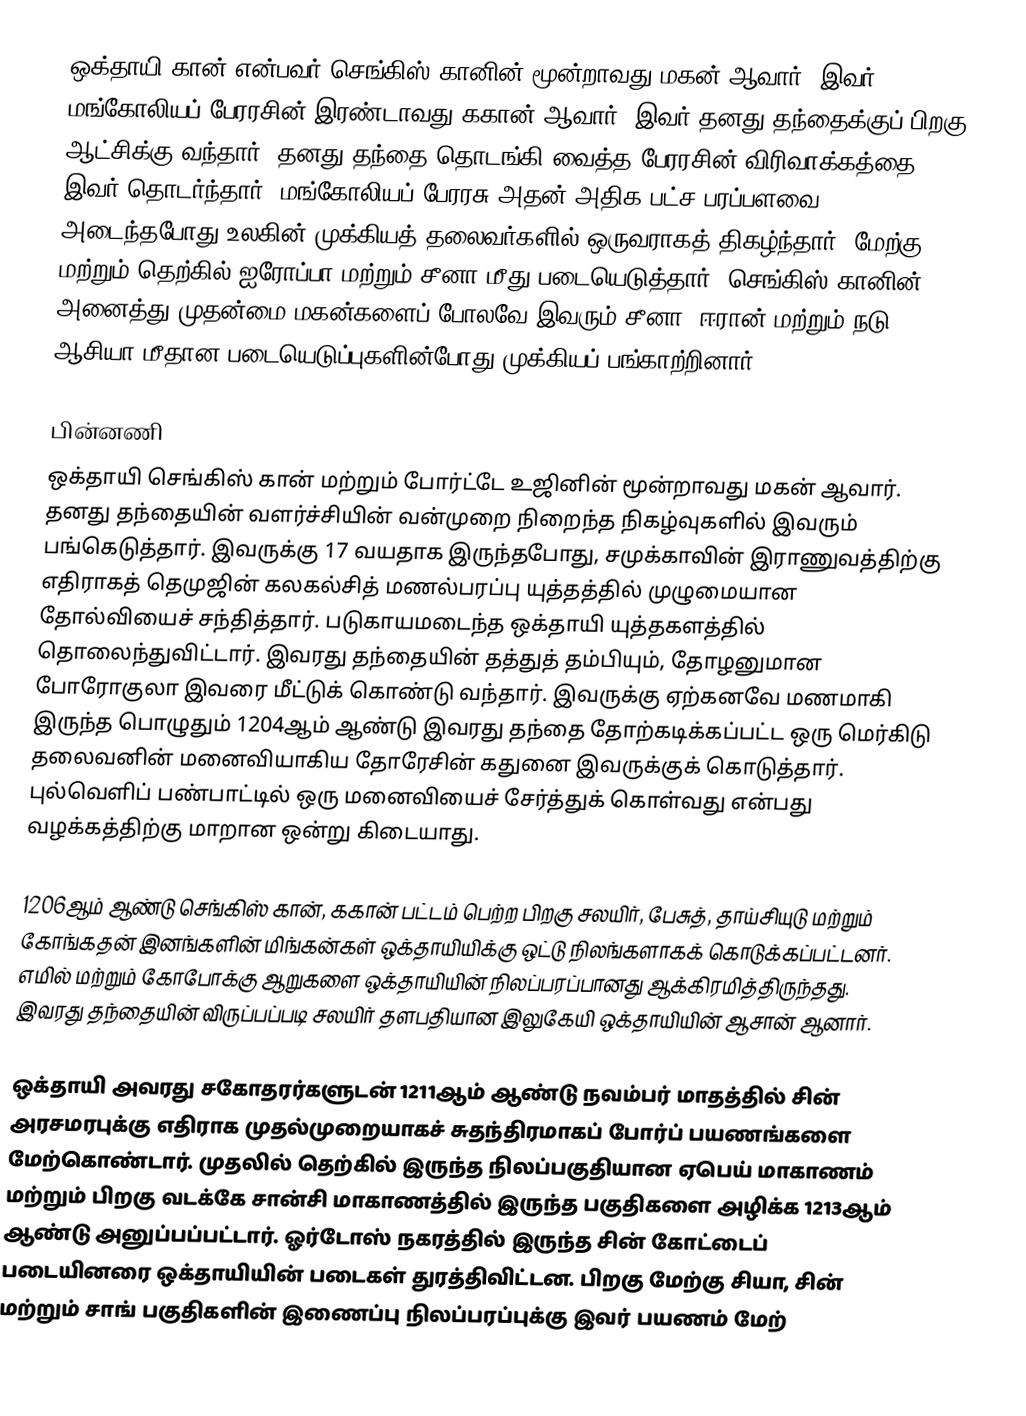
ஒக்தாயி கான் என்பவர் செங்கிஸ் கானின் மூன்றாவது மகன் ஆவார். இவர் மங்கோலியப் பேரரசின் இரண்டாவது ககான் ஆவார். இவர் தனது தந்தைக்குப் பிறகு ஆட்சிக்கு வந்தார். தனது தந்தை தொடங்கி வைத்த பேரரசின் விரிவாக்கத்தை இவர் தொடர்ந்தார். மங்கோலியப் பேரரசு அதன் அதிக பட்ச பரப்பளவை அடைந்தபோது உலகின் முக்கியத் தலைவர்களில் ஒருவராகத் திகழ்ந்தார். மேற்கு மற்றும் தெற்கில் ஐரோப்பா மற்றும் சீனா மீது படையெடுத்தார். செங்கிஸ் கானின் அனைத்து முதன்மை மகன்களைப் போலவே இவரும் சீனா, ஈரான் மற்றும் நடு ஆசியா மீதான படையெடுப்புகளின்போது முக்கியப் பங்காற்றினார்.

பின்னணி
ஒக்தாயி செங்கிஸ் கான் மற்றும் போர்ட்டே உஜினின் மூன்றாவது மகன் ஆவார். தனது தந்தையின் வளர்ச்சியின் வன்முறை நிறைந்த நிகழ்வுகளில் இவரும் பங்கெடுத்தார். இவருக்கு 17 வயதாக இருந்தபோது, சமுக்காவின் இராணுவத்திற்கு எதிராகத் தெமுஜின் கலகல்சித் மணல்பரப்பு யுத்தத்தில் முழுமையான தோல்வியைச் சந்தித்தார். படுகாயமடைந்த ஒக்தாயி யுத்தகளத்தில் தொலைந்துவிட்டார். இவரது தந்தையின் தத்துத் தம்பியும், தோழனுமான போரோகுலா இவரை மீட்டுக் கொண்டு வந்தார். இவருக்கு ஏற்கனவே மணமாகி இருந்த பொழுதும் 1204ஆம் ஆண்டு இவரது தந்தை தோற்கடிக்கப்பட்ட ஒரு மெர்கிடு தலைவனின் மனைவியாகிய தோரேசின் கதுனை இவருக்குக் கொடுத்தார். புல்வெளிப் பண்பாட்டில் ஒரு மனைவியைச் சேர்த்துக் கொள்வது என்பது வழக்கத்திற்கு மாறான ஒன்று கிடையாது.

1206ஆம் ஆண்டு செங்கிஸ் கான், ககான் பட்டம் பெற்ற பிறகு சலயிர், பேசுத், தாய்சியுடு மற்றும் கோங்கதன் இனங்களின் மிங்கன்கள் ஒக்தாயியிக்கு ஒட்டு நிலங்களாகக் கொடுக்கப்பட்டனர். எமில் மற்றும் கோபோக்கு ஆறுகளை ஒக்தாயியின் நிலப்பரப்பானது ஆக்கிரமித்திருந்தது. இவரது தந்தையின் விருப்பப்படி சலயிர் தளபதியான இலுகேயி ஒக்தாயியின் ஆசான் ஆனார்.

ஒக்தாயி அவரது சகோதரர்களுடன் 1211ஆம் ஆண்டு நவம்பர் மாதத்தில் சின் அரசமரபுக்கு எதிராக முதல்முறையாகச் சுதந்திரமாகப் போர்ப் பயணங்களை மேற்கொண்டார். முதலில் தெற்கில் இருந்த நிலப்பகுதியான ஏபெய் மாகாணம் மற்றும் பிறகு வடக்கே சான்சி மாகாணத்தில் இருந்த பகுதிகளை அழிக்க 1213ஆம் ஆண்டு அனுப்பப்பட்டார். ஓர்டோஸ் நகரத்தில் இருந்த சின் கோட்டைப் படையினரை ஒக்தாயியின் படைகள் துரத்திவிட்டன. பிறகு மேற்கு சியா, சின் மற்றும் சாங் பகுதிகளின் இணைப்பு நிலப்பரப்புக்கு இவர் பயணம் மேற்